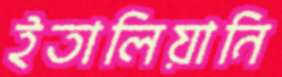
ইতালিয়ানি